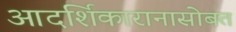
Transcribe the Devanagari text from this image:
आदर्शिकारानासोबत